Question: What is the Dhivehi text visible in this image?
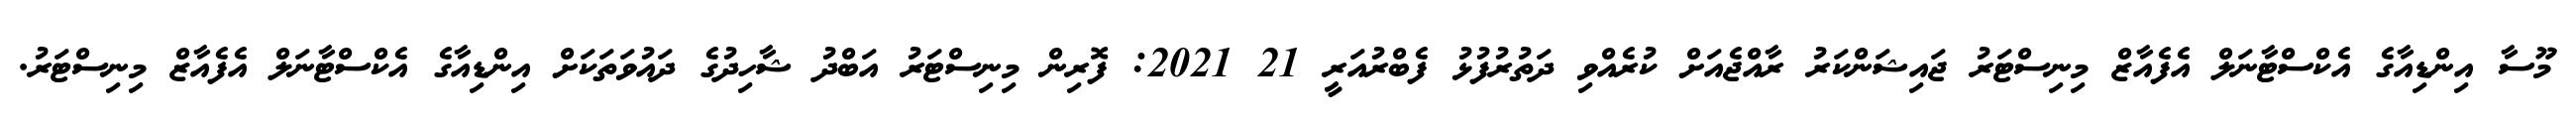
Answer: މޫސާ އިންޑިއާގެ އެކްސްޓާނަލް އެފެއާޒް މިނިސްޓަރު ޖައިޝަންކަރު ރާއްޖެއަށް ކުރެއްވި ދަތުރުފުޅު ފެބްރުއަރީ 21 2021: ފޮރިން މިނިސްޓަރު އަބްދު ޝާހިދުގެ ދައުވަތަކަށް އިންޑިއާގެ އެކްސްޓާނަލް އެފެއާޒް މިނިސްޓަރު.